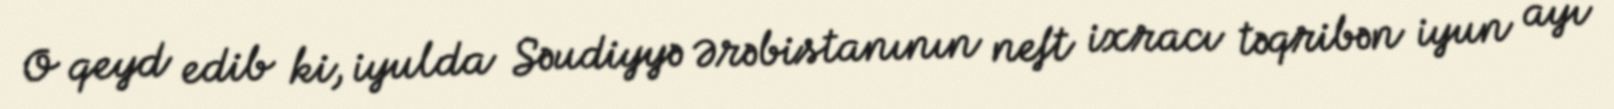
O qeyd edib ki, iyulda Səudiyyə Ərəbistanının neft ixracı təqribən iyun ayı